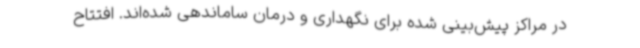
در مراکز پیش‌بینی شده برای نگهداری و درمان ساماندهی شده‌اند. افتتاح